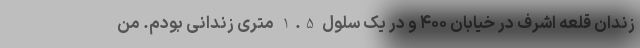
زندان قلعه اشرف در خیابان ۴۰۰ و در یک سلول 1.5 متری زندانی بودم. من